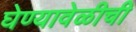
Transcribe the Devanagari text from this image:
घेण्यावेळीची